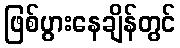
ဖြစ်ပွားနေချိန်တွင်